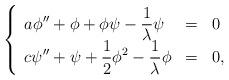
LaTeX: \begin{align*} \left\{\begin{array}{llll}\displaystyle a\phi''+\phi+\phi\psi-\frac 1{\lambda}\psi&=&0\\\displaystyle c\psi''+\psi+\frac 12\phi^2-\frac 1{\lambda}\phi&=&0,\end{array}\right.\end{align*}